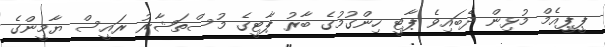
ޕީޕީއެމް މުޅިން ދެބައިވެ ޕާޓީ ހިންގުމުގެ ބާރު ޕާޓީގެ މުސްތަޝާރު ރައީސް ޔާމީންގެ